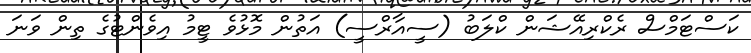
ކަސްޓަމްސް ރެކްރިއޭޝަން ކްލަބު (ސީއާރްސީ) އަތުން މޮޅުވެ ޓީމު އިވެންޓުގެ ތިން ވަނަ